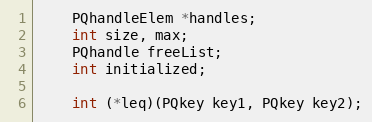
Language: C
	PQhandleElem *handles;
	int size, max;
	PQhandle freeList;
	int initialized;

	int (*leq)(PQkey key1, PQkey key2);